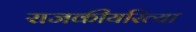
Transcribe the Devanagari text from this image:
राजकीयरित्या